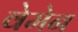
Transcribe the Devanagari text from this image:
वेमेन